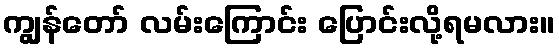
ကျွန်တော် လမ်းကြောင်း ပြောင်းလို့ရမလား။